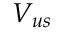
V _ { u s }